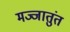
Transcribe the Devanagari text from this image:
मज्जातुंत